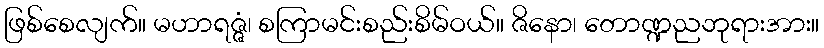
ဖြစ်စေလျက်။ မဟာရဇ္ဇံ၊ စကြာမင်းစည်းစိမ်ဝယ်။ ဇိနော၊ တောဏ္ဍညဘုရားအား။